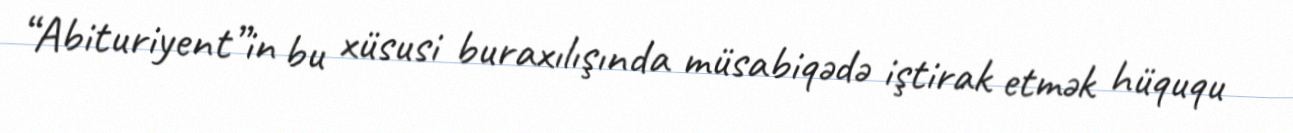
“Abituriyent”in bu xüsusi buraxılışında müsabiqədə iştirak etmək hüququ